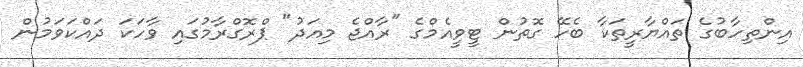
އިންތިހާބުގެ ތައްޔާރީތަކާ ބެހޭ ގޮތުން ޓީވީއެމްގެ "ރާއްޖެ މިއަދު" ޕްރޮގްރާމުގައި ވާހަކަ ދައްކަވަމުން